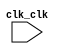

module nios (
	clk_clk);	

	input		clk_clk;
endmodule